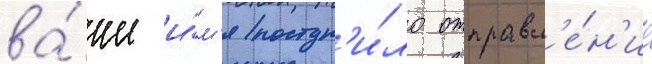
ва́ше и́м'я поступ'и́ло отправл'е́н'ие